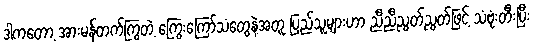
ဒါကတော့ အားမန်တက်ကြွတဲ့ ကြွေးကြော်သံတွေနဲ့အတူ ပြည်သူများဟာ ညီညီညွတ်ညွတ်ဖြင့် သံဗုံးတီးပြီး